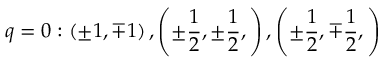
q = 0 : \left( \pm 1 , \mp 1 \right) , \left( \pm \frac { 1 } { 2 } , \pm \frac { 1 } { 2 } , \right) , \left( \pm \frac { 1 } { 2 } , \mp \frac { 1 } { 2 } , \right)